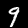
Label: 9